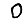
Digit: 0